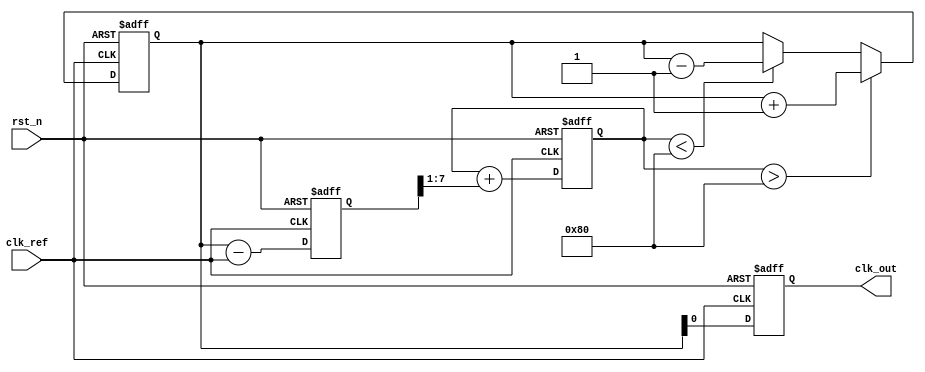
module memory_blocks_analog_pll (
    input wire clk_ref,          // Reference clock input
    input wire rst_n,           // Active low reset
    output reg clk_out          // Output clock
);

// Parameters
parameter PHASE_WIDTH = 8;    // Width of phase information
parameter MEMORY_DEPTH = 16;   // Depth of memory blocks

// Internal signals
reg [PHASE_WIDTH-1:0] phase_error;  // Phase error signal
reg [PHASE_WIDTH-1:0] control_voltage; // Control voltage for VCO
reg [PHASE_WIDTH-1:0] vco_output;     // VCO output signal
reg [PHASE_WIDTH-1:0] memory [0:MEMORY_DEPTH-1]; // Memory blocks for phase information
integer mem_index;                   // Memory index for storing phase info

// Phase Detector (PD)
always @(posedge clk_ref or negedge rst_n) begin
    if (!rst_n) begin
        phase_error <= 0;
    end else begin
        // Simple phase detection logic (for demonstration)
        // In a real PLL, this would involve more complex logic
        phase_error <= vco_output - clk_ref; // Calculate phase error
    end
end

// Loop Filter
always @(posedge clk_ref or negedge rst_n) begin
    if (!rst_n) begin
        control_voltage <= 0;
    end else begin
        // Simple first-order loop filter (for demonstration)
        control_voltage <= control_voltage + (phase_error >> 1); // Low-pass filter
    end
end

// Voltage-Controlled Oscillator (VCO)
always @(posedge clk_ref or negedge rst_n) begin
    if (!rst_n) begin
        vco_output <= 0;
        clk_out <= 0;
    end else begin
        // VCO output frequency controlled by control voltage
        // Simple frequency control (for demonstration)
        if (control_voltage > 128) begin
            vco_output <= vco_output + 1; // Increase frequency
        end else if (control_voltage < 128) begin
            vco_output <= vco_output - 1; // Decrease frequency
        end
        // Generate output clock based on VCO output
        clk_out <= vco_output[0]; // Simple toggle for output clock
    end
end

// Memory Blocks for Phase Information
always @(posedge clk_ref or negedge rst_n) begin
    if (!rst_n) begin
        mem_index <= 0;
    end else begin
        // Store phase information in memory blocks
        memory[mem_index] <= phase_error; // Store current phase error
        mem_index <= (mem_index + 1) % MEMORY_DEPTH; // Circular buffer
    end
end

endmodule